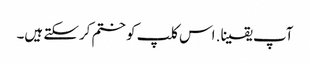
آپ یقینا. اس کلپ کو ختم کرسکتے ہیں۔